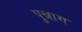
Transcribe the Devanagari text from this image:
पुन्नाग